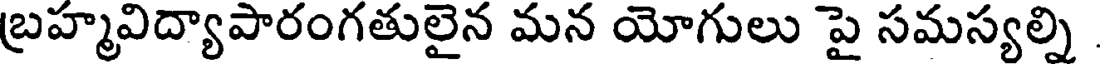
బ్రహ్మవిద్యాపారంగతులైన మన యోగులు పై సమస్యల్ని